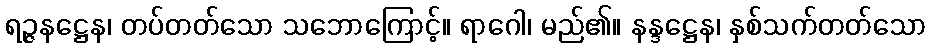
ရဉ္ဇနဋ္ဌေန၊ တပ်တတ်သော သဘောကြောင့်။ ရာဂေါ၊ မည်၏။ နန္ဒဋ္ဌေန၊ နှစ်သက်တတ်သော